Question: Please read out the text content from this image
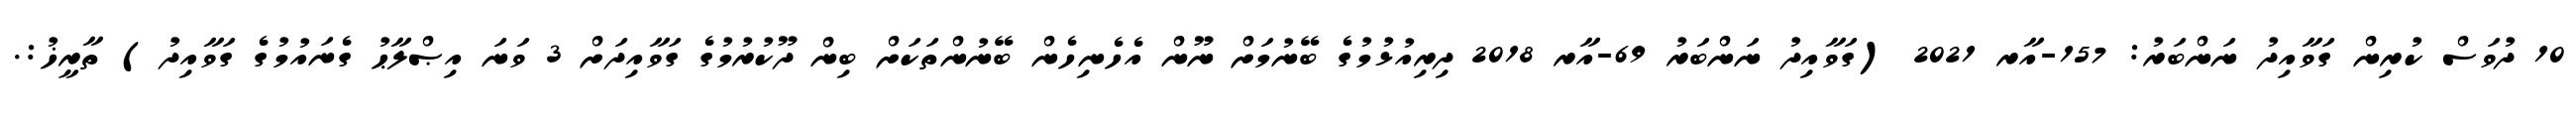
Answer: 10 ދުވަސް ކުރިން ގަވާއިދު ނަންބަރު: 157-އާރ 2021 (ގަވާއިދު ނަންބަރު 69-އާރ 2018 ދިރިއުޅުމުގެ ބޭނުމަށް ނޫން އެހެނިހެން ބޭނުންތަކަށް ބިން ދޫކުރުމުގެ ގަވާއިދަށް 3 ވަނަ އިޞްލާޙު ގެނައުމުގެ ގަވާއިދު) ތާރީޚު:.